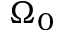
\Omega _ { 0 }